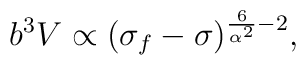
{b^3 V\propto (\sigma_f-\sigma)^{\frac{6}{\alpha^2}-2},}